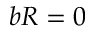
b R = 0